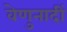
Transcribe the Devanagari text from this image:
वेणुनादीं